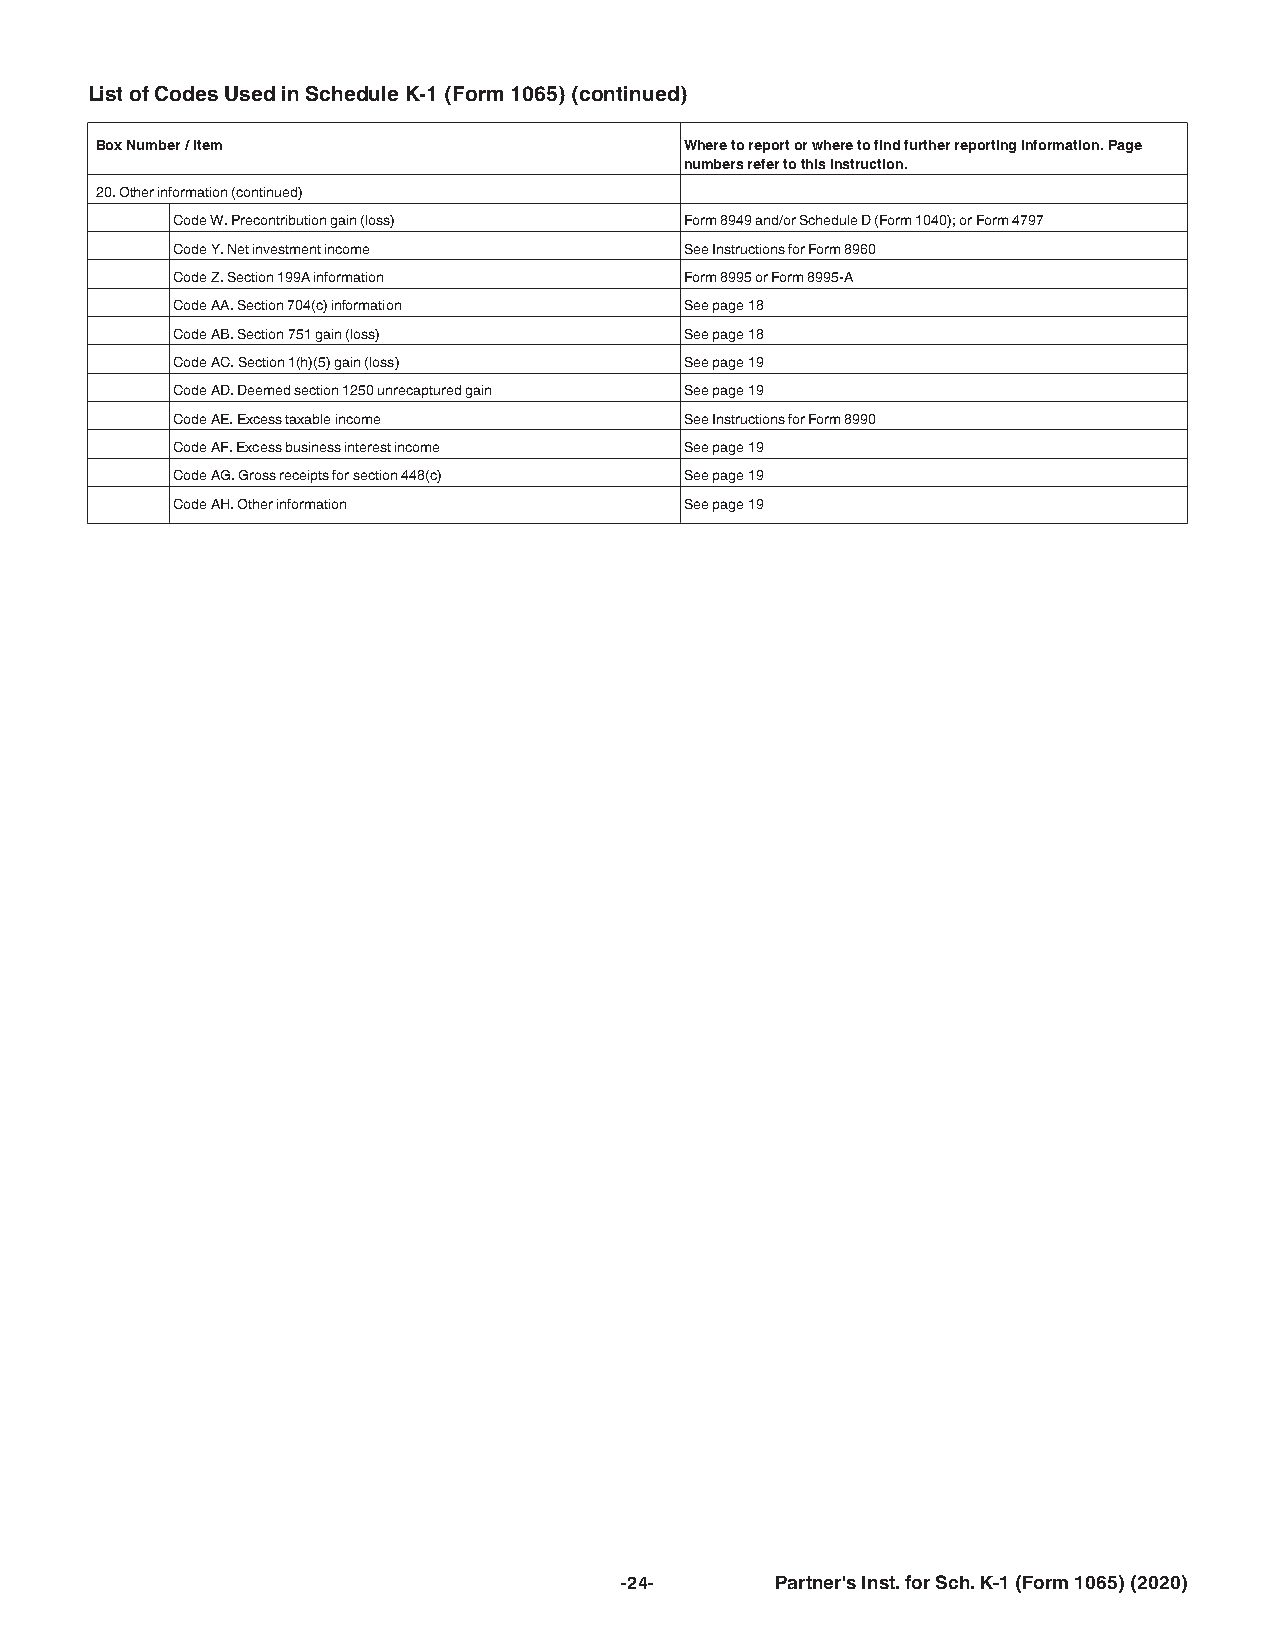
Page 24 of 24 Fileid: … 1065SCHK-1/2020/A/XML/Cycle08/source 13:44 - 4-Feb-2021
 The type and rule above prints on all proofs including departmental reproduction proofs. MUST be removed before printing.
 List of Codes Used in Schedule K-1 (Form 1065) (continued)
 Box Number / Item                      Where to report or where to find further reporting information. Page
 numbers refer to this instruction.
 20. Other information (continued)
 Code W. Precontribution gain (loss) Form 8949 and/or Schedule D (Form 1040); or Form 4797
 Code Y. Net investment income     See Instructions for Form 8960
 Code Z. Section 199A information  Form 8995 or Form 8995-A
 Code AA. Section 704(c) information See page 18
 Code AB. Section 751 gain (loss)  See page 18
 Code AC. Section 1(h)(5) gain (loss) See page 19
 Code AD. Deemed section 1250 unrecaptured gain See page 19
 Code AE. Excess taxable income    See Instructions for Form 8990
 Code AF. Excess business interest income See page 19
 Code AG. Gross receipts for section 448(c) See page 19
 Code AH. Other information        See page 19
 -24-      Partner's Inst. for Sch. K-1 (Form 1065) (2020)